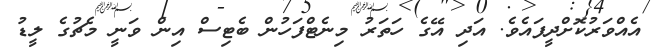
އެއްވަރުކޮށްދީފައެވެ. އަދި އޭގެ ހަތަރު މިނެޓްފަހުން ބެޓިސް އިން ވަނީ މެޗުގެ ލީޑު